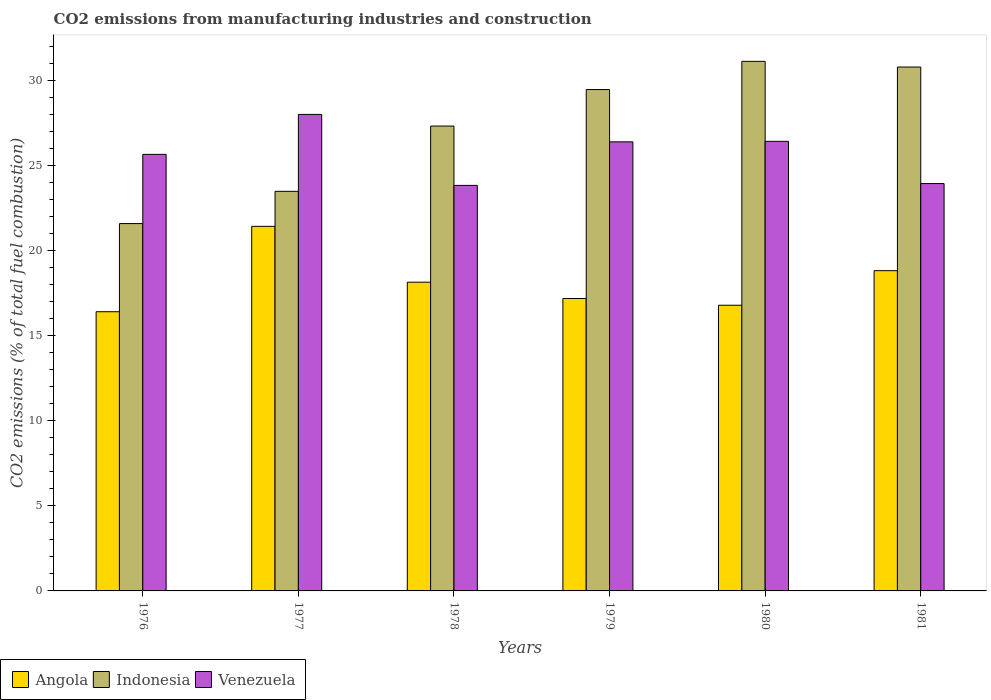
| Years | Angola | Indonesia | Venezuela |
 | --- | --- | --- | --- |
 | 1976 | 16.4 | 21.6 | 25.7 |
 | 1977 | 21.4 | 23.5 | 28 |
 | 1978 | 18.1 | 27.3 | 23.8 |
 | 1979 | 17.2 | 29.5 | 26.4 |
 | 1980 | 16.8 | 31.1 | 26.4 |
 | 1981 | 18.8 | 30.8 | 23.9 |